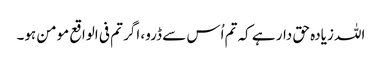
اللہ زیادہ حق دار ہے کہ تم اُس سے ڈرو، اگر تم فی الواقع مومن ہو۔